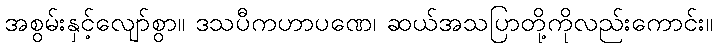
အစွမ်းနှင့်လျော်စွာ။ ဒသပီကဟာပဏေ၊ ဆယ်အသပြာတို့ကိုလည်းကောင်း။